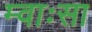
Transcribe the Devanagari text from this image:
म्वाःसा